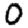
Digit: 0